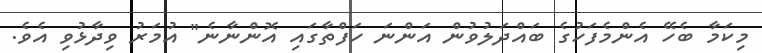
މިކަމާ ބެހޭ އެންމެފަހުގެ ބައްދަލުވުން އަންނަ ހަފްތާގައި އޮންނާނެ" އުމަރު ވިދާޅުވި އެވެ.